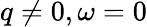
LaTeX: q\neq 0,\omega=0